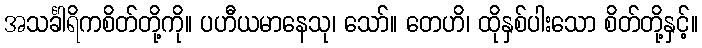
အသင်္ခါရိကစိတ်တို့ကို။ ပဟီယမာနေသု၊ သော်။ တေဟိ၊ ထိုနှစ်ပါးသော စိတ်တို့နှင့်။